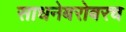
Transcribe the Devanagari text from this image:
साधनेबरोबरच